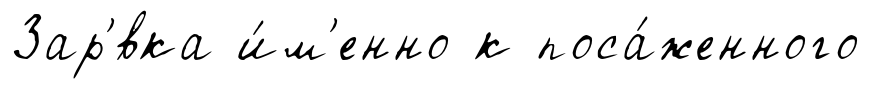
Зар'́вка и́м'енно к поса́женного